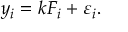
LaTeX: y _ { i } = k F _ { i } + \varepsilon _ { i } .